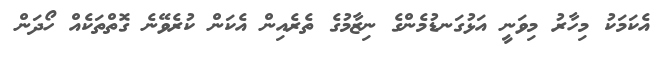
އެކަމަކު މިހާރު މިވަނީ އަޅުގަނޑުމެންގެ ނިޒާމުގެ ތެރެއިން އެކަން ކުރެވޭނެ ގޮތްތަކެއް ހޯދަން